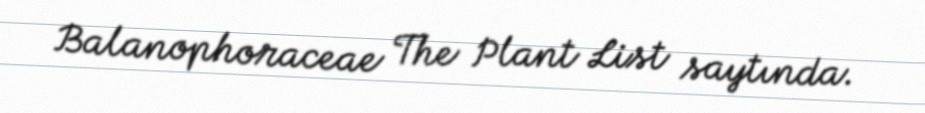
Balanophoraceae The Plant List saytında.